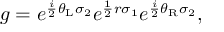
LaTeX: g = e ^ { \frac { i } { 2 } \theta _ { \mathrm { L } } \sigma _ { 2 } } e ^ { \frac { 1 } { 2 } r \sigma _ { 1 } } e ^ { \frac { i } { 2 } \theta _ { \mathrm { R } } \sigma _ { 2 } } ,